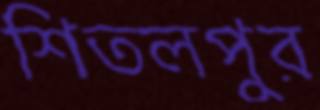
শিতলপুর